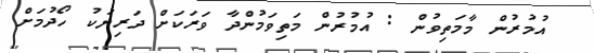
އުމުރުން މާމަތިވުން : އުމުރުން މަތިވަމުންދާ ވަރަކަށް ދަރިޔަކު ހޯދުމަށް